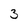
Character: 3